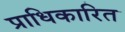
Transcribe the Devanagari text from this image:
प्राधिकारित